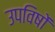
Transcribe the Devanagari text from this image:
उपविषों